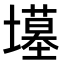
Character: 𫮲